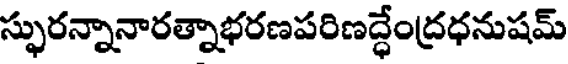
స్ఫురన్నానారత్నాభరణపరిణద్ధేంద్రధనుషమ్